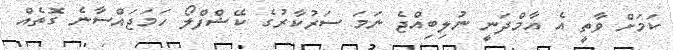
ކަމަށް ވާތީ އެ އާމްދަނީ ނުލިބިއްޖެ ނަމަ ސަރުކާރުގެ ކޭޝްފްލޯ ހަމަޖައްސާނެ ގޮތެއް